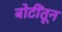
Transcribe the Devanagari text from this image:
बोटींतून